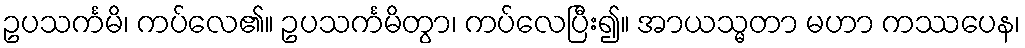
ဥပသင်္ကမိ၊ ကပ်လေ၏။ ဥပသင်္ကမိတွာ၊ ကပ်လေပြီး၍။ အာယသ္မတာ မဟာ ကဿပေန၊